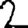
Digit: 2